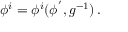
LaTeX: \phi ^ { i } = \phi ^ { i } ( \phi ^ { ' } , g ^ { - 1 } ) \, .